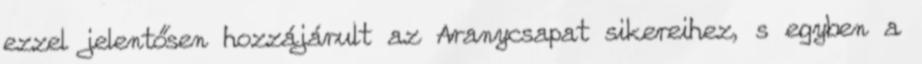
ezzel jelentősen hozzájárult az Aranycsapat sikereihez, s egyben a